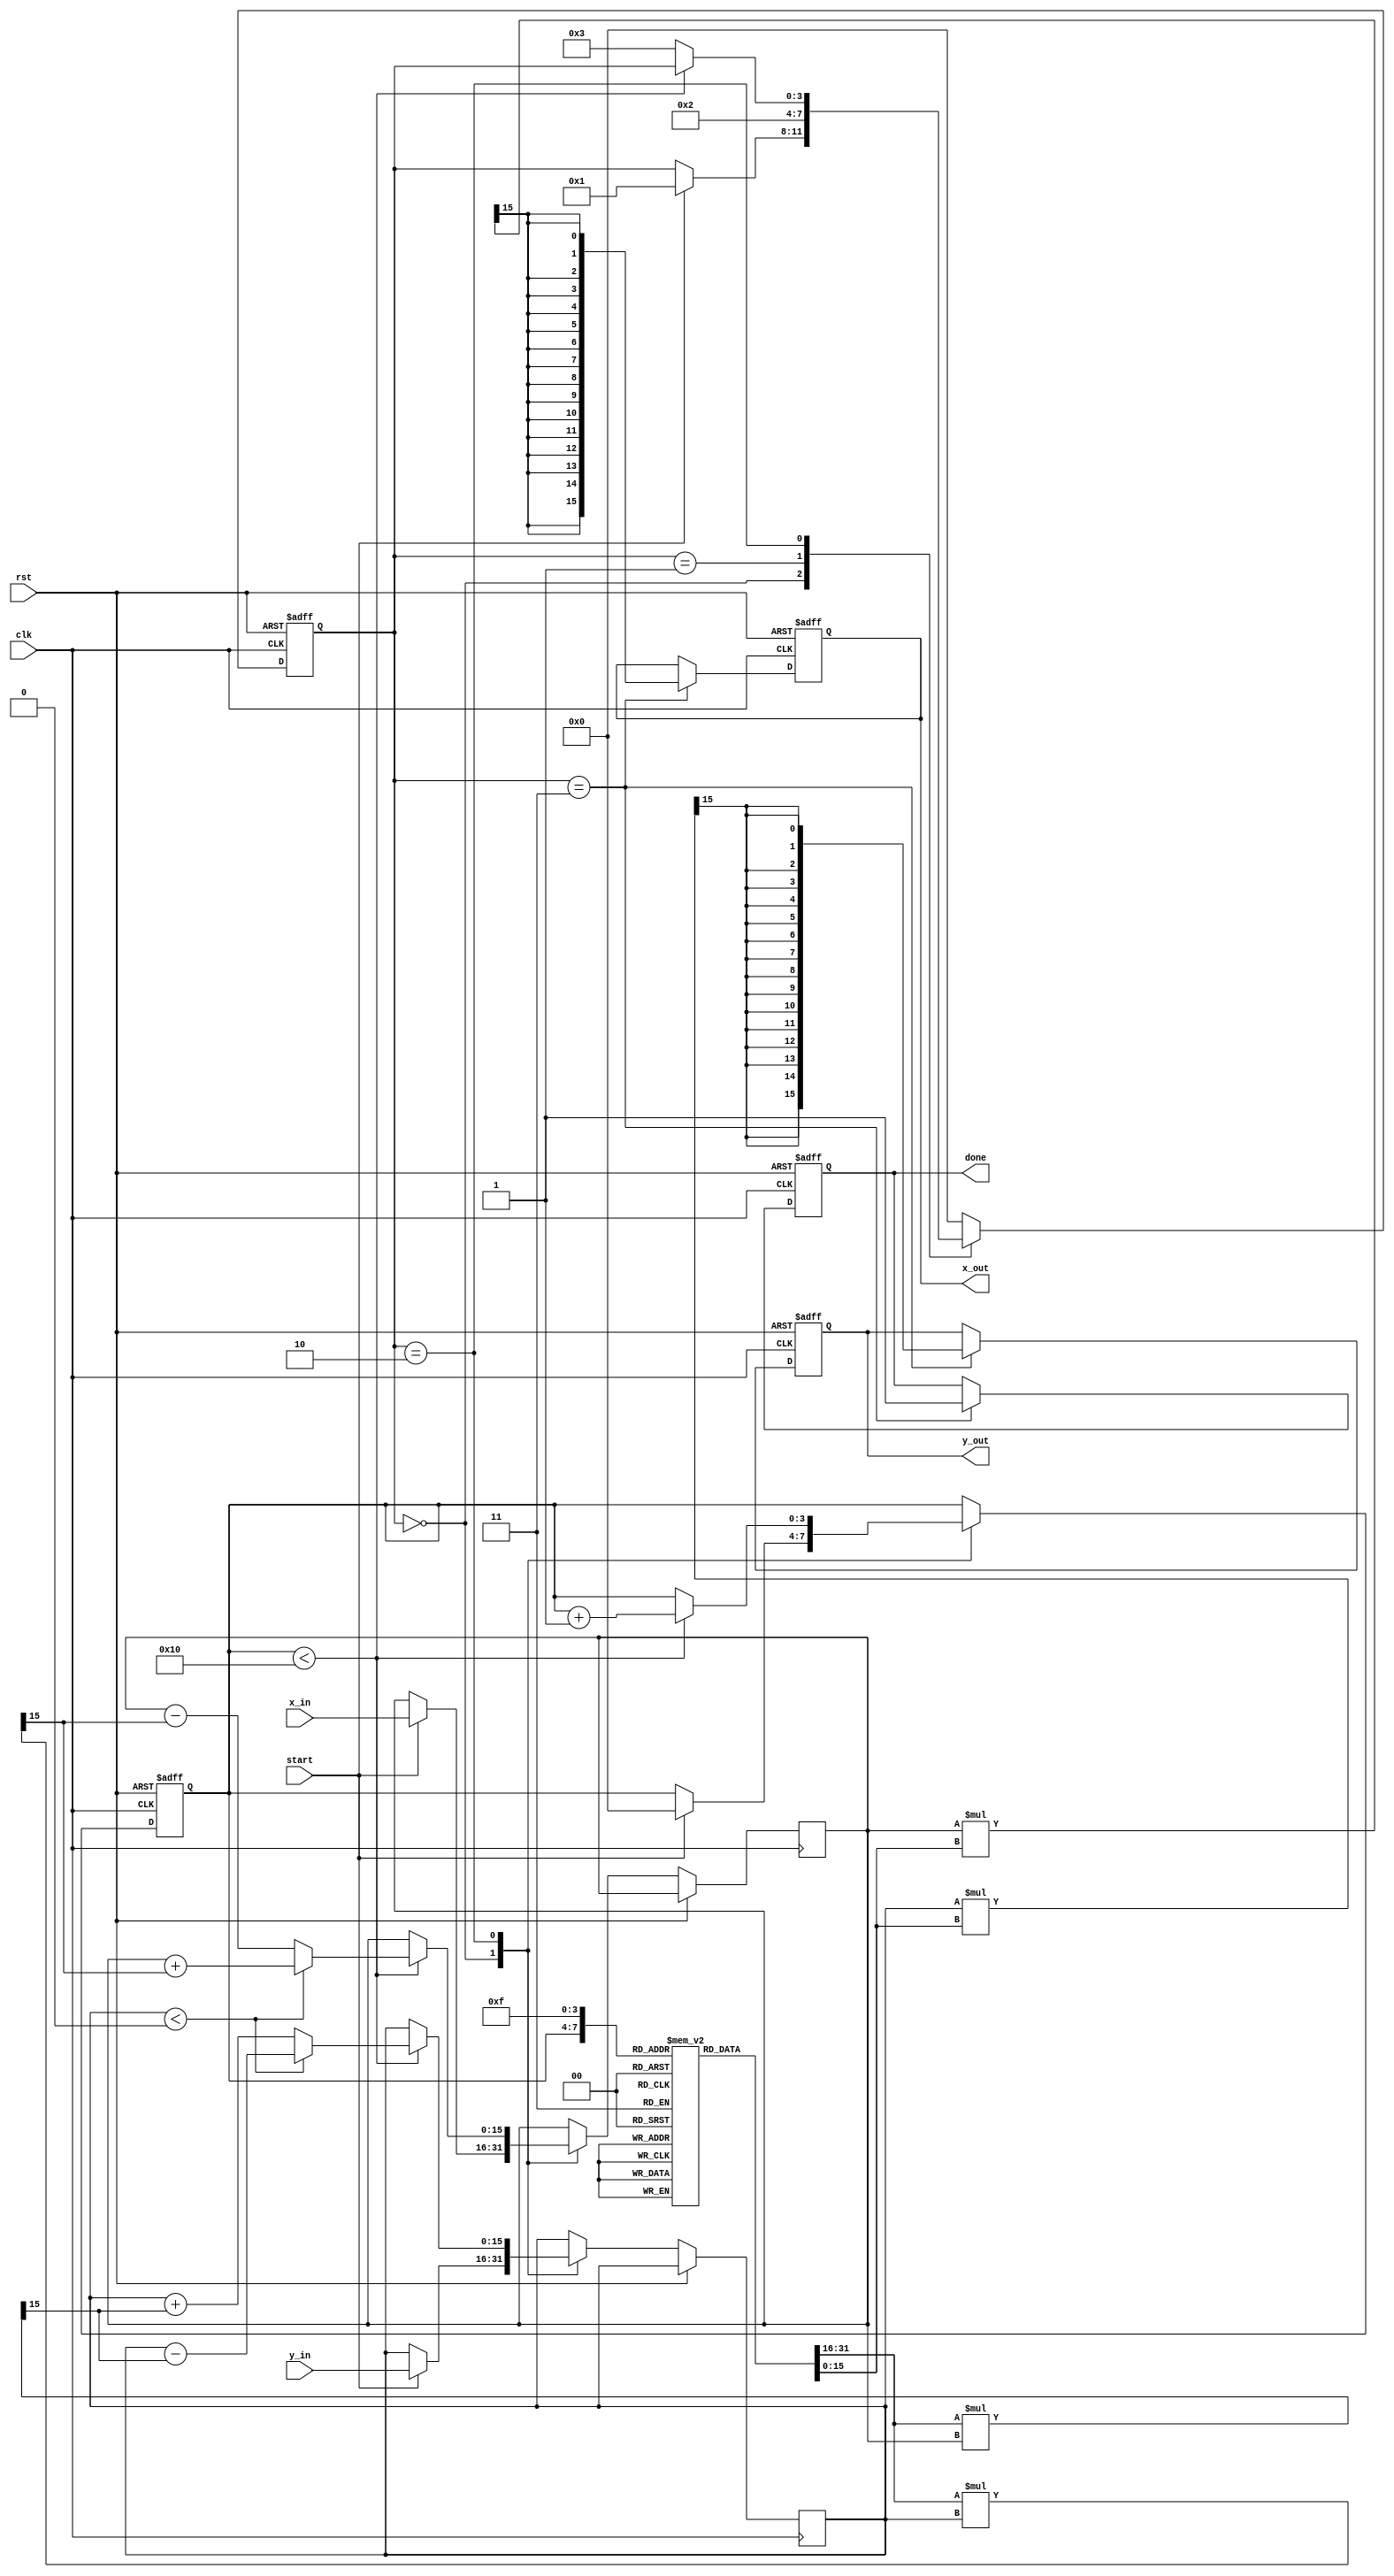
module complex_cordic #(
    parameter N = 16, // Number of iterations
    parameter WIDTH = 16 // Bit-width for fixed-point representation
)(
    input clk,
    input rst,
    input start,
    input signed [WIDTH-1:0] x_in, // Real part of the input
    input signed [WIDTH-1:0] y_in, // Imaginary part of the input
    output reg signed [WIDTH-1:0] x_out, // Real part of the output
    output reg signed [WIDTH-1:0] y_out, // Imaginary part of the output
    output reg done // Indicates completion
);

    // Angle Look-Up Table (LUT) for CORDIC
    reg signed [WIDTH-1:0] angle_lut [0:N-1];
    initial begin
        // Precomputed arctangent values (in fixed-point format)
        angle_lut[0] = 16'h3FFF; // atan(1) = 45 degrees
        angle_lut[1] = 16'h3FB8; // atan(0.5)
        angle_lut[2] = 16'h3F6D; // atan(0.25)
        // ... Fill in the rest of the LUT values ...
        angle_lut[N-1] = 16'h0000; // atan(0)
    end

    // Scaling factor (K_k) for each iteration
    reg signed [WIDTH-1:0] K [0:N-1];
    initial begin
        K[0] = 16'h1FFF; // K_0
        K[1] = 16'h1FFC; // K_1
        K[2] = 16'h1FF8; // K_2
        // ... Fill in the rest of the K values ...
        K[N-1] = 16'h0000; // K_N
    end

    // State variables
    reg [3:0] state; // State for FSM
    reg [3:0] iteration; // Iteration counter
    reg signed [WIDTH-1:0] x_reg, y_reg; // Internal registers for calculations

    // States
    localparam IDLE = 0, INIT = 1, ITERATE = 2, DONE = 3;

    always @(posedge clk or posedge rst) begin
        if (rst) begin
            state <= IDLE;
            done <= 0;
            iteration <= 0;
            x_out <= 0;
            y_out <= 0;
        end else begin
            case (state)
                IDLE: begin
                    if (start) begin
                        x_reg <= x_in;
                        y_reg <= y_in;
                        iteration <= 0;
                        state <= INIT;
                    end
                end
                
                INIT: begin
                    // Initialization is done, move to iteration
                    state <= ITERATE;
                end
                
                ITERATE: begin
                    if (iteration < N) begin
                        // Determine direction of rotation
                        if (y_reg < 0) begin // Rotate counterclockwise
                            x_reg <= x_reg + (K[iteration] * y_reg >>> 15);
                            y_reg <= y_reg - (K[iteration] * x_reg >>> 15);
                        end else begin // Rotate clockwise
                            x_reg <= x_reg - (K[iteration] * y_reg >>> 15);
                            y_reg <= y_reg + (K[iteration] * x_reg >>> 15);
                        end
                        iteration <= iteration + 1;
                    end else begin
                        // All iterations done, move to done state
                        state <= DONE;
                    end
                end
                
                DONE: begin
                    // Apply scaling factor
                    x_out <= x_reg * K[N-1] >>> 15; // Scale the output
                    y_out <= y_reg * K[N-1] >>> 15; // Scale the output
                    done <= 1; // Indicate completion
                    state <= IDLE; // Go back to idle
                end
                
                default: state <= IDLE;
            endcase
        end
    end

endmodule